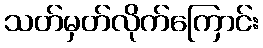
သတ်မှတ်လိုက်ကြောင်း